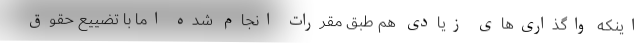
اینکه واگذاری‌های زیادی هم طبق مقررات انجام شده اما با تضییع حقوق